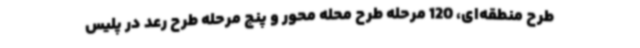
طرح منطقه‌ای، 120 مرحله طرح محله محور و پنج مرحله طرح رعد در پلیس